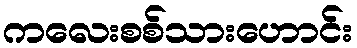
ကလေးစစ်သားဟောင်း